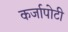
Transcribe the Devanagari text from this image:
कर्जापोटी